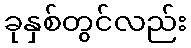
ခုနှစ်တွင်လည်း